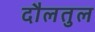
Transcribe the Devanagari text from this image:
दौलतुल